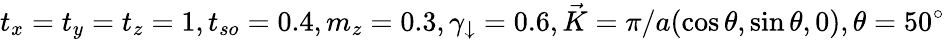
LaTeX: t_{x}=t_{y}=t_{z}=1,t_{so}=0.4,m_{z}=0.3,\gamma_{\downarrow}=0.6,\vec{K}=\pi/a(\cos\theta,\sin\theta,0),\theta=50^{\circ}